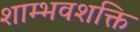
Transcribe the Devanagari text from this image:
शाम्भवशक्ति